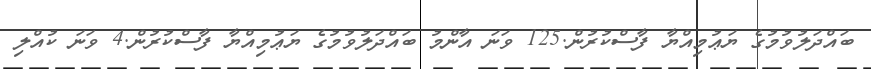
ބައްދަލުވުމުގެ ޔަޢުމިއްޔާ ފާސްކުރުން.125 ވަނަ އާންމު ބައްދަލުވުމުގެ ޔަޢުމިއްޔާ ފާސްކުރުން.4 ވަނަ ކުއްލި